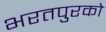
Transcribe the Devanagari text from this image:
भरतपुरको